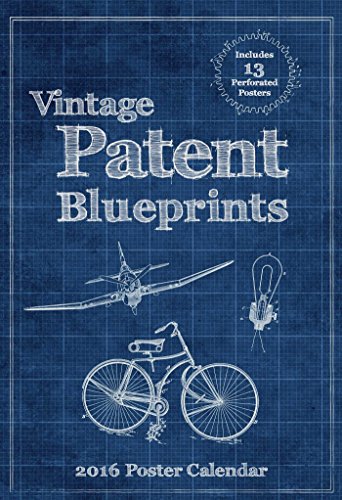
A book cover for Vintage Patent Blueprints 2016 Poster Calendar; Art Remedy LLC; Arts & Photography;